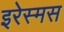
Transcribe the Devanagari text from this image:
इरेस्मस